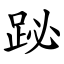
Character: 䟤